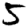
Digit: 5